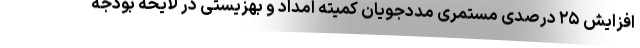
افزایش ۲۵ درصدی مستمری مددجویان کمیته امداد و بهزیستی در لایحه بودجه